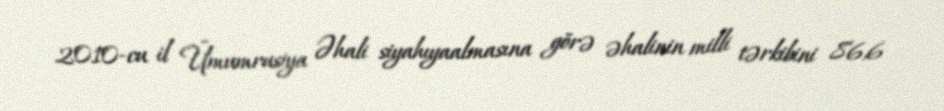
2010-cu il Ümumrusiya Əhali siyahıyaalmasına görə əhalinin milli tərkibini 86,6